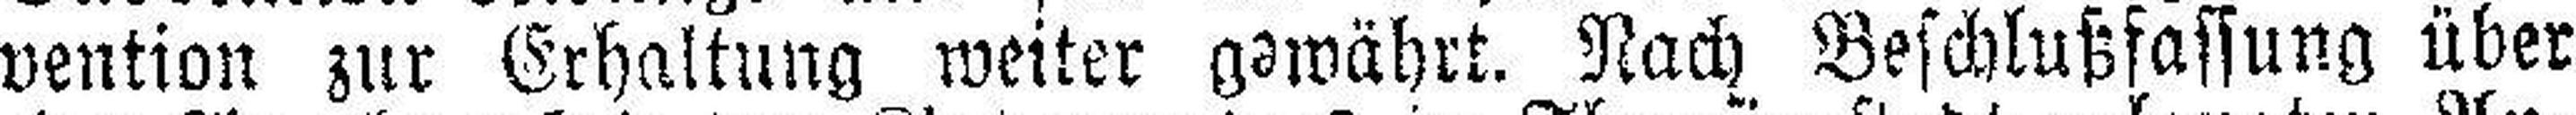
vention zur Erhaltung weiter gewährt. Nach Beschlußfassung über